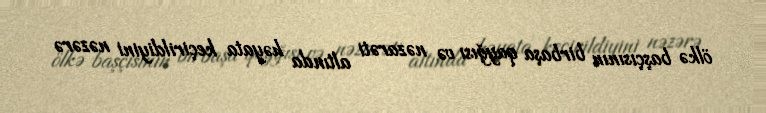
ölkə başçısının birbaşa qayğısı və nəzarəti altında həyata keçirildiyini nəzərə